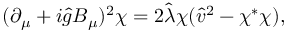
( \partial _ { \mu } + i \hat { g } B _ { \mu } ) ^ { 2 } \chi = 2 \hat { \lambda } \chi ( \hat { v } ^ { 2 } - \chi ^ { * } \chi ) ,